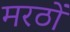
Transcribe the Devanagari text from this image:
मरठों